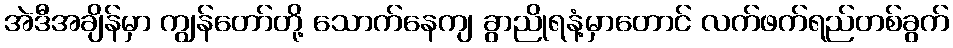
အဲဒီအချိန်မှာ ကျွန်တော်တို့ သောက်နေကျ ခွာညိုရနံ့မှာတောင် လက်ဖက်ရည်တစ်ခွက်